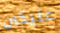
عليكي